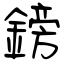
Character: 鎊